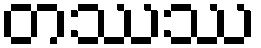
တဿဿ